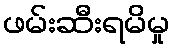
ဖမ်းဆီးရမိမှု